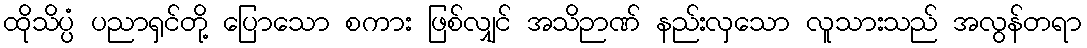
ထိုသိပ္ပံ ပညာရှင်တို့ ပြောသော စကား ဖြစ်လျှင် အသိဉာဏ် နည်းလှသော လူသားသည် အလွန်တရာ